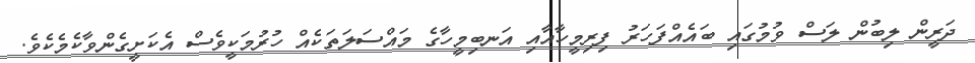
ދަރީން ލިބުން ލަސް ވުމުގައި ބައެއްފަހަރު ފިރިމީހާއާއި އަނބިމީހާގެ މައްސަލަތަކެއް ހުރުމަކީވެސް އެކަށީގެންވާކެމެކެވެ.